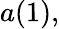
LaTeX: a(1),